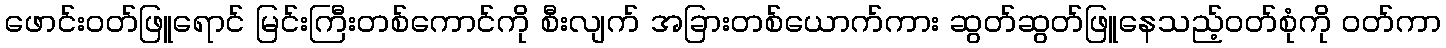
ဖောင်းဝတ်ဖြူရောင် မြင်းကြီးတစ်ကောင်ကို စီးလျက် အခြားတစ်ယောက်ကား ဆွတ်ဆွတ်ဖြူနေသည့်ဝတ်စုံကို ဝတ်ကာ